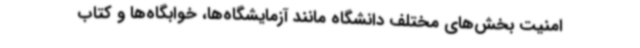
امنیت بخش‌های مختلف دانشگاه مانند آزمایشگاه‌ها، خوابگاه‌ها و کتاب